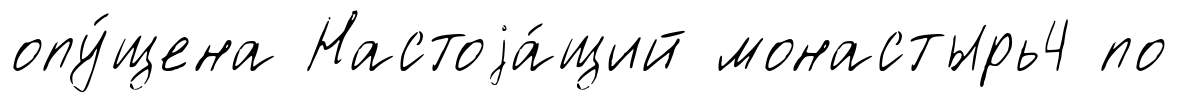
опу́щена Настоjа́щий монастырь4 по